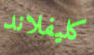
كليفلاند